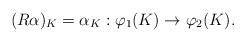
LaTeX: \begin{align*}(R\alpha)_K=\alpha_K : \varphi_1(K)\rightarrow \varphi_2(K).\end{align*}